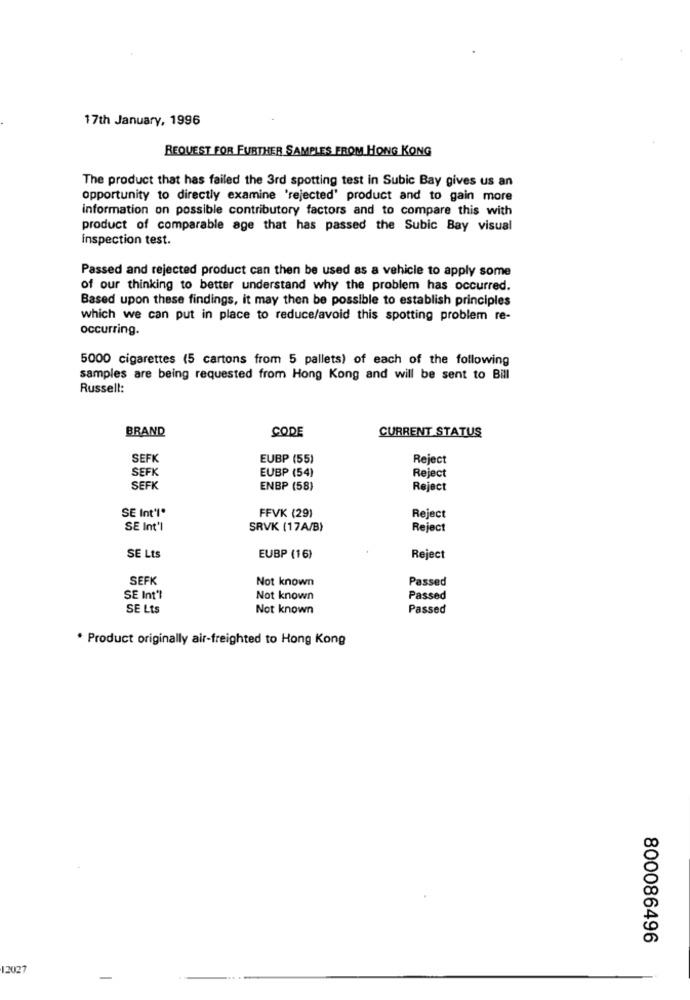
17th January, 1996
REQUEST FOR FURTHER SAMPLES FROM HONG KONG
The product that has failed the 3rd spotting test in Subic Bay gives us an
opportunity to directly examine 'rejected' product and to gain more
information on possible contributory factors and to compare this with
product of comparable age that has passed the Subic Bay visual
Inspection test.
Passed and rejected product can then be used as a vehicle to apply some
of our thinking to better understand why the problem has occurred.
Based upon these findings, it may then be possible to establish principles
which we can put in place to reduce/avoid this spotting problem re-
occurring.
5000 cigarettes (5 cartons from 5 pallets) of each of the following
samples are being requested from Hong Kong and will be sent to Bill
Russell:
BRAND
CURRENT STATUS
CODE
SEFK
EUBP (55)
Reject
SEFK
EUBP (54)
Reject
SEFK
ENBP (58)
Reject
SE Int'l*
FFVK (29)
Reject
SE Int'l
SRVK (17A/B)
Reject
SE Lts
EUBP (16)
Reject
SEFK
Not known
Passed
SE Int'l
Not known
Passed
SE Lts
Not known
Passed
* Product originally air-freighted to Hong Kong
800086496
12027